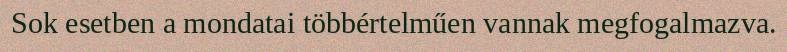
Sok esetben a mondatai többértelműen vannak megfogalmazva.